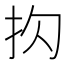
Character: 𪭠